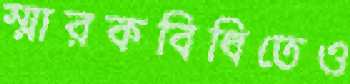
স্মারকবিধিতেও